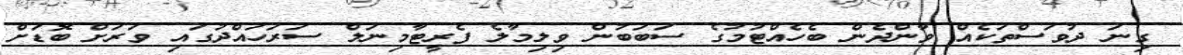
ގިނަ ދުވަސްތަކެއް ވާންދެން ބެހެއްޓުމުގެ ސަބަބުން ވިލިމާލެ ފެރީޓާމިނަލް ސަރަހައްދުގައި ވަރަށް ބޮޑަށް